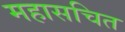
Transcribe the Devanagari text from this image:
महासचित